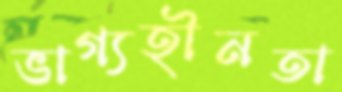
ভাগ্যহীনতা